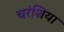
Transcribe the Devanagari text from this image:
चरंशिया